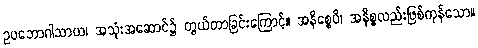
ဥပဘောဂါသာယ၊ အသုံးအဆောင်၌ တွယ်တာခြင်းကြောင့်။ အနိစ္စေပိ၊ အနိစ္စလည်းဖြစ်ကုန်သော။